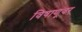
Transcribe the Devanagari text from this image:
विषाणूंवर